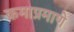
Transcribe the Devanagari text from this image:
क्रमाप्रमाणे